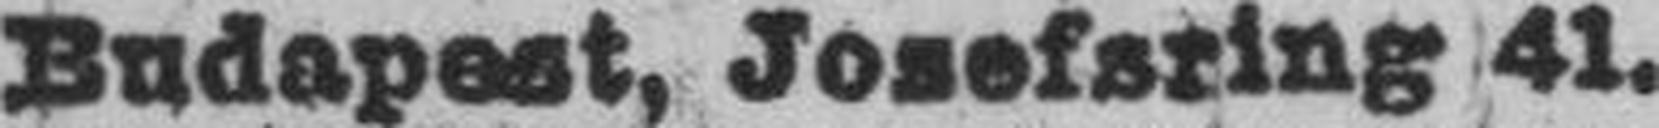
Budapest, Josefsring 41.